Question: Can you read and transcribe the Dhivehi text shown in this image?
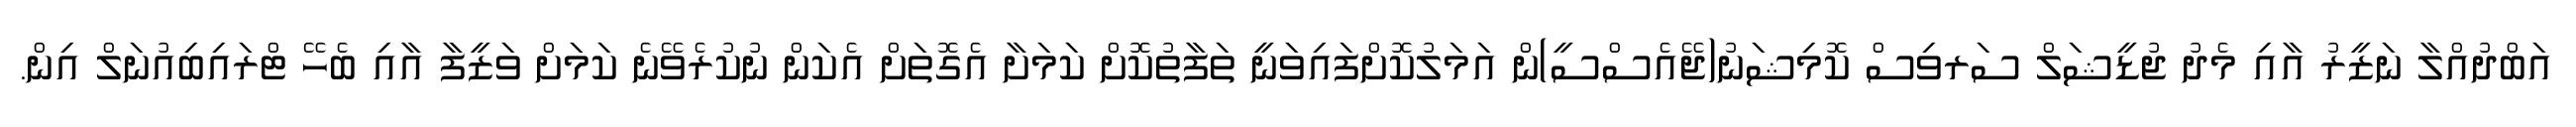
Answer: އަބްދުއްލާ ނަޒީރު އާއި މެދު ޖުޑީޝަލް ސަރވިސް ކޮމިޝަނު(ޖޭއެސްސީ)ން އަމަލުކޮށްފައިވަނީ ތަފާތުކޮށް ކަމަށާ އެގޮތަށް އެކަން ނުކުރެވޭނެ ކަމަށް ވަޒީފާ އާއި ބެހޭ ޓްރައިބިއުނަލް އިން.